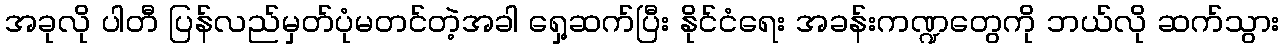
အခုလို ပါတီ ပြန်လည်မှတ်ပုံမတင်တဲ့အခါ ရှေ့ဆက်ပြီး နိုင်ငံရေး အခန်းကဏ္ဍတွေကို ဘယ်လို ဆက်သွား